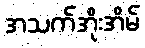
အသက်အိုးအိမ်